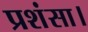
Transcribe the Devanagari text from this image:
प्रशंसा।